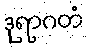
ဒုရာဂတံ